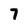
Character: 7